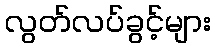
လွတ်လပ်ခွင့်များ